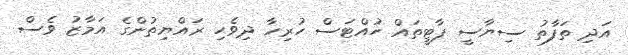
އަދި ތަފާތު ސިޔާސީ ޕާޓީތައް ހުއްޓަސް ހުރިހާ ދިވެހި ރައްޔިތުންގެ އަމާޒު ވެސް